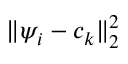
\lVert \psi _ { i } - c _ { k } \rVert _ { 2 } ^ { 2 }